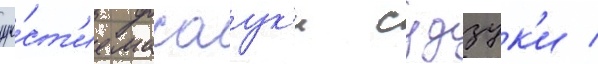
уча́ст'ие масаук'и судзук'и /